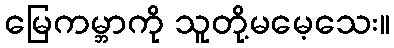
မြေကမ္ဘာကို သူတို့မမေ့သေး။